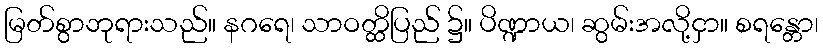
မြတ်စွာဘုရားသည်။ နဂရေ၊ သာဝတ္ထိပြည် ၌။ ပိဏ္ဍာယ၊ ဆွမ်းအလို့ငှာ။ စရန္တော၊